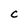
Character: C